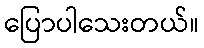
ပြောပါသေးတယ်။